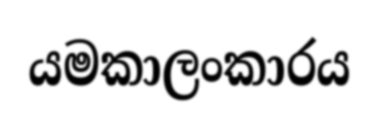
යමකාලංකාරය